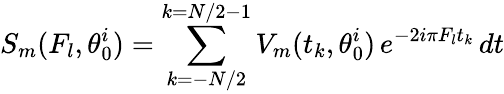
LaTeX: S_{m}(F_{l},\theta_{0}^{i})=\sum_{k=-N/2}^{k=N/2-1}V_{m}(t_{k},\theta_{0}^{i})\thinspace e^{-2i\pi F_{l}t_{k}}\thinspace dt